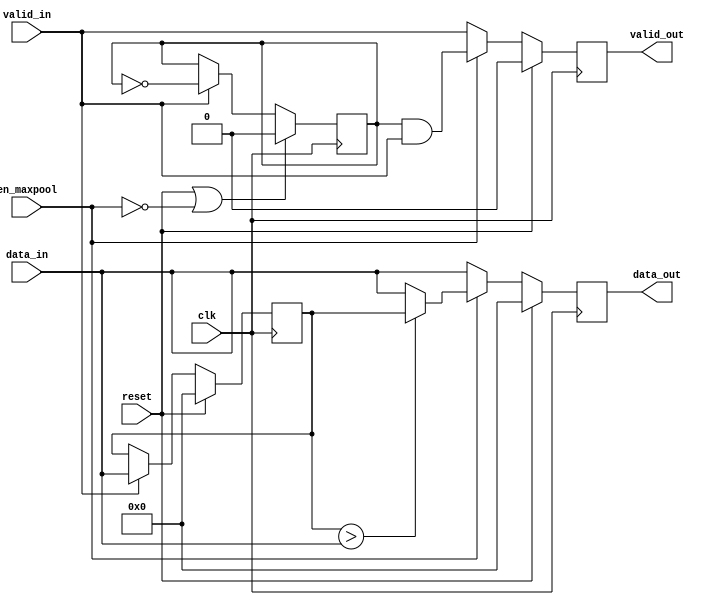
module max_pool
	#(
		parameter DWIDTH = 20
	)
	(
	input						clk,
	input						reset,
	input						en_maxpool,
	input		[DWIDTH-1:0]	data_in,
	input						valid_in,
	
	output reg	[DWIDTH-1:0]	data_out,
	output reg					valid_out
	);

	reg	[DWIDTH-1:0]	data_r;
	reg	[DWIDTH-1:0]	data_r_r;
	reg	[DWIDTH-1:0]	max_pool_out;
	reg					max_pool_valid;

	always@(posedge clk)
		if(reset)			data_r		<= 0;
		else if(valid_in)	data_r		<= data_in;

	always@* max_pool_out <= (data_r > data_in) ? data_r: data_in;
	

	reg toggle;	
	always@(posedge clk)
		if		(reset | ~en_maxpool)	toggle <= 0;
		else if (valid_in)				toggle <= ~toggle;
	
	always@* max_pool_valid <= toggle & valid_in;

	always@(posedge clk) 
		if(reset)	
		begin
			data_out 	<= 0;
		    valid_out	<= 0;
		end
		else
		begin
			data_out 	<= en_maxpool ? max_pool_out	: data_in;
		    valid_out	<= en_maxpool ? max_pool_valid	: valid_in;
		end

endmodule